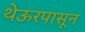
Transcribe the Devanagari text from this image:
थेऊरपासून